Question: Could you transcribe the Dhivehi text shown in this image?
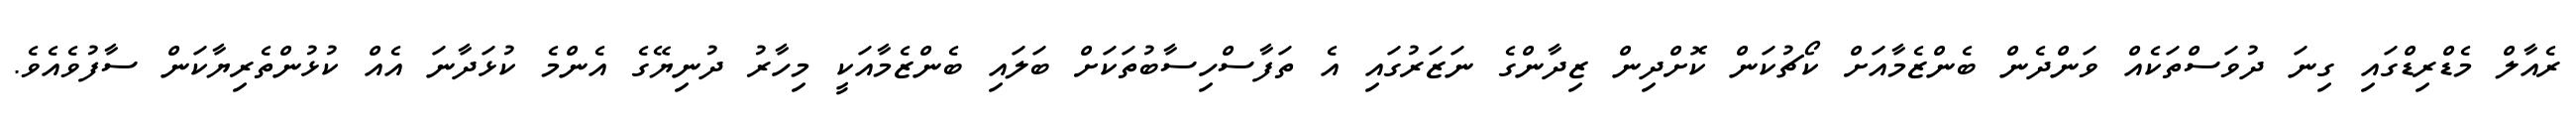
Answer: ރެއާލް މެޑްރިޑްގައި ގިނަ ދުވަސްތަކެއް ވަންދެން ބެންޒެމާއަށް ކޯޗުކަން ކޮށްދިން ޒިދާންގެ ނަޒަރުގައި އެ ތަފާސްހިސާބުތަކަށް ބަލައި ބެންޒެމާއަކީ މިހާރު ދުނިޔޭގެ އެންމެ ކުޅަދާނަ އެއް ކުޅުންތެރިޔާކަން ސާފުވެއެވެ.